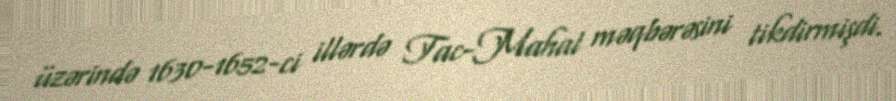
üzərində 1630-1652-ci illərdə Tac-Mahal məqbərəsini tikdirmişdi.